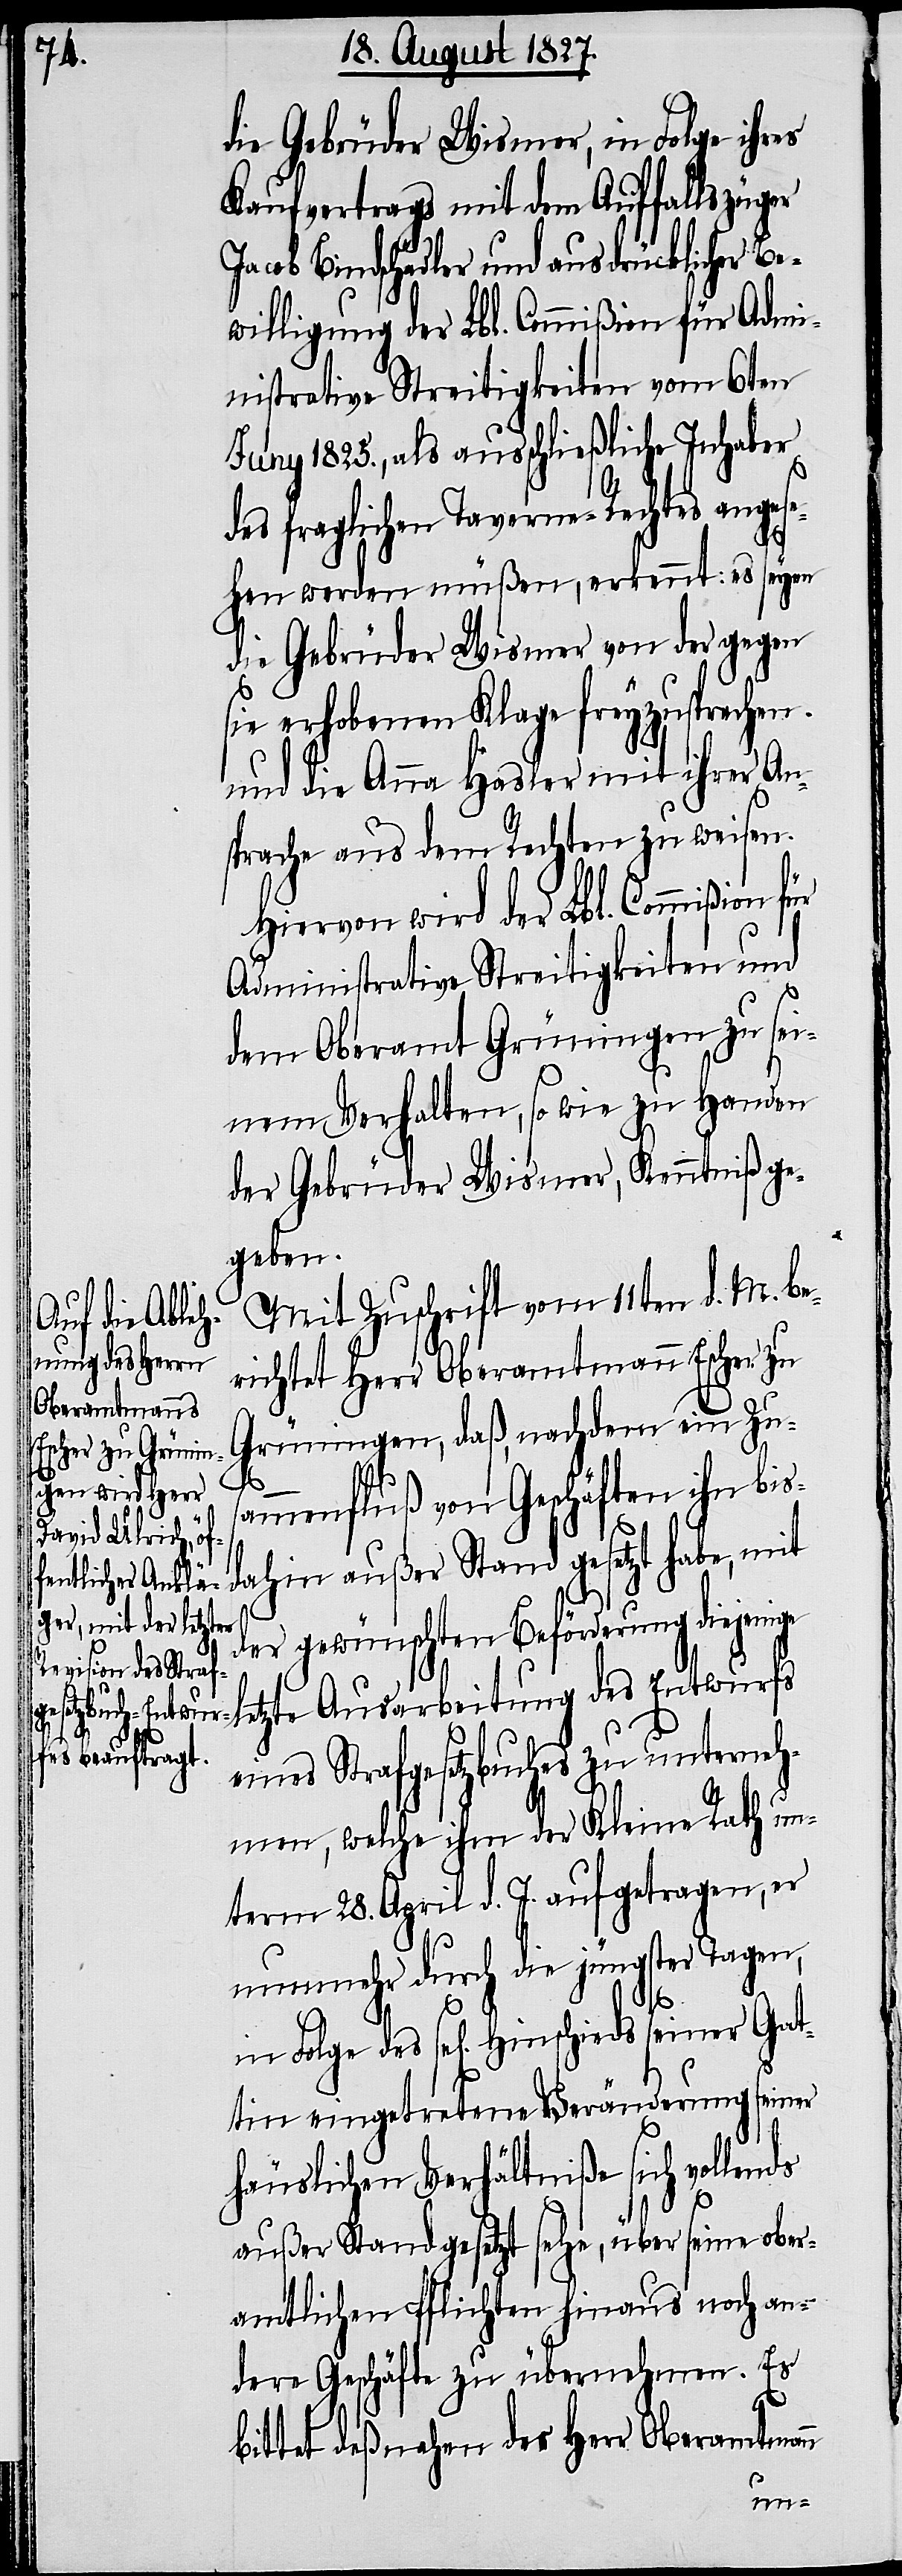
die Gebrüder Wismer, in Folge ihres
Kaufvertrags, mit dem Auffallszüger
acob Bindschädler und ausdrücklicher B¬
ewilligung der Lbl. Commißion für Admi¬
nistrative Streitigkeiten vom 6ten
Juny 1825., als ausschließliche Inhaber
des fraglichen Taverne-Rechtes anges¬
ehen werden müßen, erkennt: es seyen
die Gebrüder Wismer von der gegen
sie erhobenen Klage freyzusprechen
und die Anna Hasler mit ihrer An¬
sprache aus dem Rechten zu weisen.
Hiervon wird der Lbl. Commißion für
Administrative Streitigkeiten und
dem Oberamt Grüningen zu sei¬
nem Verhalten, so wie zu Handen
der Gebrüder Wismer, Kenntniß ge¬
geben.
Mit Zuschrift vom 11ten d. M. be¬
richtet Herr Oberamtmann Escher zu
Grüningen, daß, nachdem ein Zu¬
ds
sammenfluß von Geschäften ihn bis
dahin außer Stand gesetzt habe,
der gewünschten Beförderung diejeni¬
ge letzte Ausarbeitung des Entwurfs
eines Strafgesetzbuches zu unterneh¬
men, welche ihm der Kleine Rath un¬
term 28. April d. J. aufgetragen, er
nunmehr durch die jüngster Tagen,
tin eingetretene Veränderung seiner
häuslicher Verhältniße sich vollen¬
außer Stand gesetzt sehe, über seine ober¬
amtlichen Pflichten hinaus noch an¬
dere Geschäfte zu übernehmen. Es
des
bittet deßnahen der Herr Oberamtman¬
n